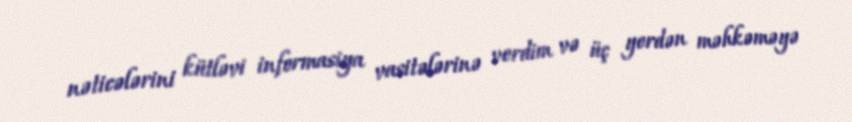
nəticələrini kütləvi informasiya vasitələrinə verdim və üç yerdən məhkəməyə